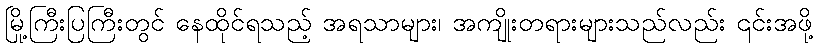
မြို့ကြီးပြကြီးတွင် နေထိုင်ရသည့် အရသာများ၊ အကျိုးတရားများသည်လည်း ၎င်းအဖို့